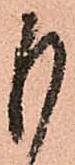
も